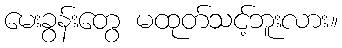
မေးခွန်းတွေ မထုတ်သင့်ဘူးလား။